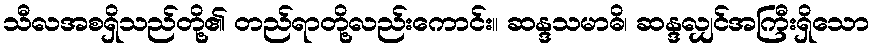
သီလအစရှိသည်တို့၏ တည်ရာတို့လည်းကောင်း။ ဆန္ဒသမာဓိ၊ ဆန္ဒလျှင်အကြီးရှိသော